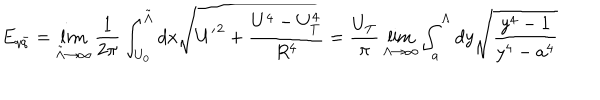
LaTeX: E _ { q \bar { q } } = \lim _ { { \tilde { \Lambda } } \rightarrow \infty } \frac { 1 } { 2 \pi } \int _ { U _ { 0 } } ^ { { \tilde { \Lambda } } } d x \sqrt { { U ^ { \prime } } ^ { 2 } + \frac { U ^ { 4 } - U _ { T } ^ { 4 } } { R ^ { 4 } } } = \frac { U _ { T } } { \pi } \lim _ { \Lambda \rightarrow \infty } \int _ { a } ^ { \Lambda } d y \sqrt { \frac { y ^ { 4 } - 1 } { y ^ { 4 } - a ^ { 4 } } }